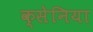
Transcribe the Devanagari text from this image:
क्सेनिया